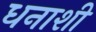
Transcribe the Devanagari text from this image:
धनाशी